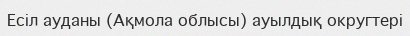
Есіл ауданы (Ақмола облысы) ауылдық округтері